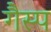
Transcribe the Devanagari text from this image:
गैस्प